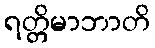
ရတ္တိမာဘာတိ